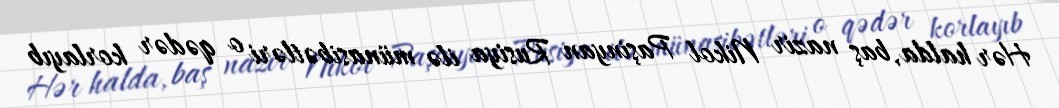
Hər halda, baş nazir Nikol Paşinyan Rusiya ilə münasibətləri o qədər korlayıb